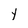
Character: Y